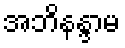
အဘိနန္ဒာမ